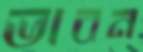
ভাবন